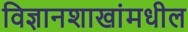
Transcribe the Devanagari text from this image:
विज्ञानशाखांमधील